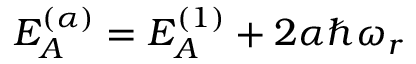
E _ { A } ^ { ( \alpha ) } = E _ { A } ^ { ( 1 ) } + 2 \alpha \hbar \omega _ { r }